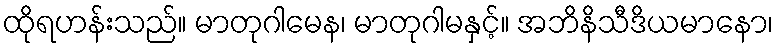
ထိုရဟန်းသည်။ မာတုဂါမေန၊ မာတုဂါမနှင့်။ အဘိနိသီဒိယမာနော၊